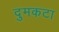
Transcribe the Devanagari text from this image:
दुमकटा